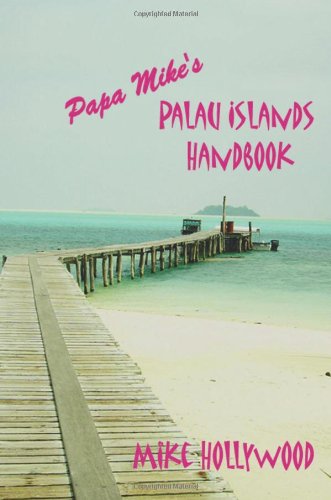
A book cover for Papa Mike's Palau Islands Handbook; Mike Hollywood; Travel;